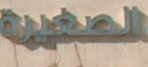
الصغيرة